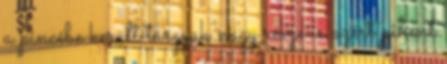
a pincébe került tárgyak nagy része is azért pihent